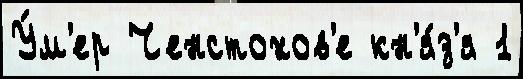
У́м'ер Ченстохов'е кн'я́з'я 1